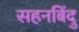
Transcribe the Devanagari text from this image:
सहनबिंदु